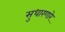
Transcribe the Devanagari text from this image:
सुधारणारे